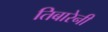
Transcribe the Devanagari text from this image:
तिबारेनी